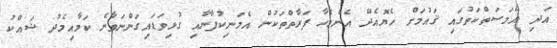
އަދި އެމަސަތްކަތުގައި ޤައުމަށް ހެޔޮއެދޭ އެންމެހާ ފަރާތްތަކުން އެމަނިކުފާނާއި ގުޅިވަޑައިގަންނަވާނެ ކަމާއިމެދު ޝަައްކު